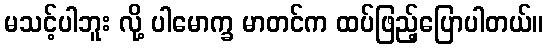
မသင့်ပါဘူး လို့ ပါမောက္ခ မာတင်က ထပ်ဖြည့်ပြောပါတယ်။